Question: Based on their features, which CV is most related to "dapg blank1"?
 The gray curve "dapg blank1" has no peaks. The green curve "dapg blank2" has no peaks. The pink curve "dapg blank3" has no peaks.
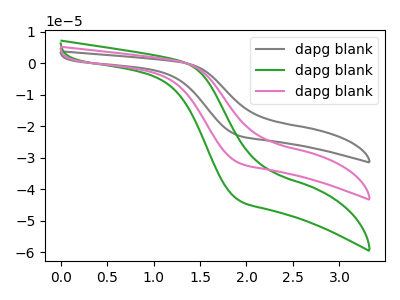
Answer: <think>Neither "dapg blank1" or "dapg blank2" have any peaks. Neither "dapg blank1" or "dapg blank3" have any peaks. Neither "dapg blank2" or "dapg blank3" have any peaks.
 </think>
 <answer>"dapg blank1" and "dapg blank3" have a similar shape to "dapg blank2".</answer>
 <eval>"dapg blank1" "dapg blank3"</eval>